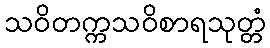
သဝိတက္ကသဝိစာရသုတ္တံ